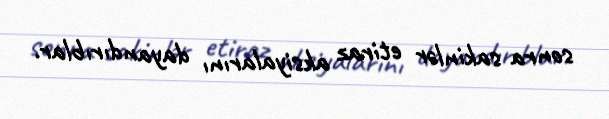
sonra sakinlər etiraz aksiyalarını dayandırıblar.